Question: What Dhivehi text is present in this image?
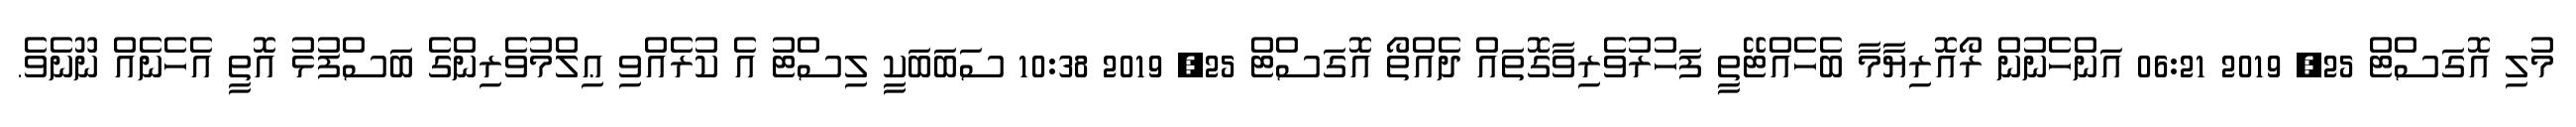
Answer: މުލި އޮގަސްޓް 25, 2019 06:21 އަންހެނުން ރޯއޮރިޔާމާ ބެހެއްޓޭތީ ފަހުރުވެރިވާގޮތައް ދެއްތޯ އޮގަސްޓް 25, 2019 10:38 ސަބަބަކީ ލިސްޓު އެ ކުރެއްވި ޢިލްމުވެރިންގެ ބަސްފުޅު އޮތީ އެހެނެއް ނޫނެވެ.